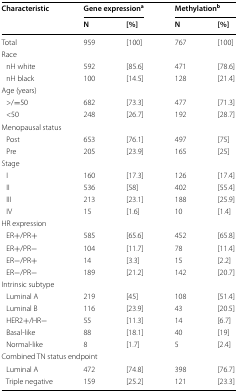
| <ROWSPAN=2> Characteristic | <COLSPAN=2> Gene expressiona | <COLSPAN=2> Methylationb |
 | N | [%] | N | [%] |
 | --- | --- | --- | --- | --- |
 | Total | 959 | [100] | 767 | [100] |
 | <COLSPAN=5> Race |
 | nH white | 592 | [85.6] | 471 | [78.6] |
 | nH black | 100 | [14.5] | 128 | [21.4] |
 | <COLSPAN=5> Age (years) |
 | >/=50 | 682 | [73.3] | 477 | [71.3] |
 | <50 | 248 | [26.7] | 192 | [28.7] |
 | <COLSPAN=5> Menopausal status |
 | Post | 653 | [76.1] | 497 | [75] |
 | Pre | 205 | [23.9] | 165 | [25] |
 | <COLSPAN=5> Stage |
 | I | 160 | [17.3] | 126 | [17.4] |
 | II | 536 | [58] | 402 | [55.4] |
 | III | 213 | [23.1] | 188 | [25.9] |
 | IV | 15 | [1.6] | 10 | [1.4] |
 | <COLSPAN=5> HR expression |
 | ER+/PR+ | 585 | [65.6] | 452 | [65.8] |
 | ER+/PR− | 104 | [11.7] | 78 | [11.4] |
 | ER−/PR+ | 14 | [3.3] | 15 | [2.2] |
 | ER−/PR− | 189 | [21.2] | 142 | [20.7] |
 | <COLSPAN=5> Intrinsic subtype |
 | Luminal A | 219 | [45] | 108 | [51.4] |
 | Luminal B | 116 | [23.9] | 43 | [20.5] |
 | HER2+/HR− | 55 | [11.3] | 14 | [6.7] |
 | Basal-like | 88 | [18.1] | 40 | [19] |
 | Normal-like | 8 | [1.7] | 5 | [2.4] |
 | <COLSPAN=5> Combined TN status endpoint |
 | Luminal A | 472 | [74.8] | 398 | [76.7] |
 | Triple negative | 159 | [25.2] | 121 | [23.3] |